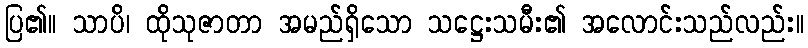
ပြ၏။ သာပိ၊ ထိုသုဇာတာ အမည်ရှိသော သဋ္ဌေးသမီး၏ အလောင်းသည်လည်း။